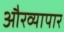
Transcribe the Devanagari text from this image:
औरव्यापार